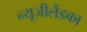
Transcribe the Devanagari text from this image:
न्यूजीलैंडका